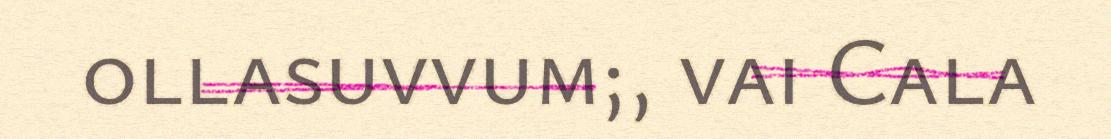
ollasuvvum;, vai Cala